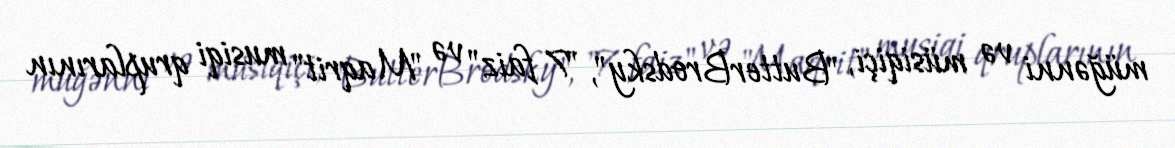
müğənni və müsiqiçi, "ButterBrodsky", "7 faiz" və "Maqrit" musiqi qruplarının